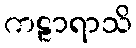
ကဠာရာသိ